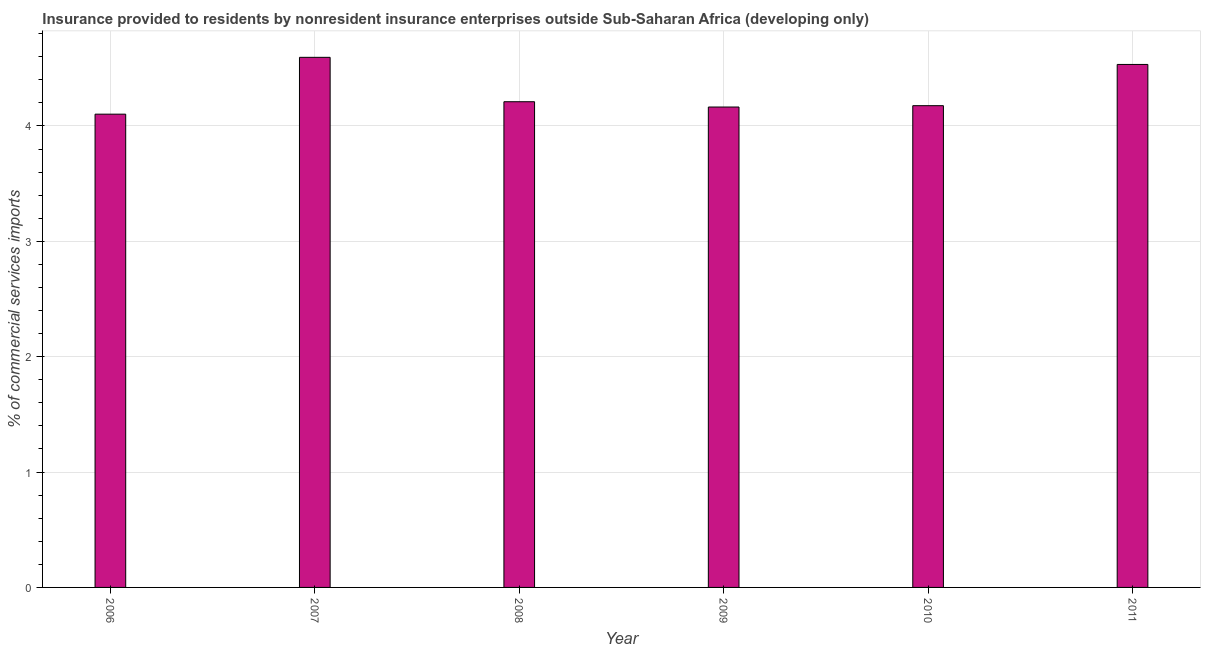
| Year | Insurance provided by non-residents |
 | --- | --- |
 | 2006 | 4.1 |
 | 2007 | 4.59 |
 | 2008 | 4.21 |
 | 2009 | 4.16 |
 | 2010 | 4.18 |
 | 2011 | 4.53 |